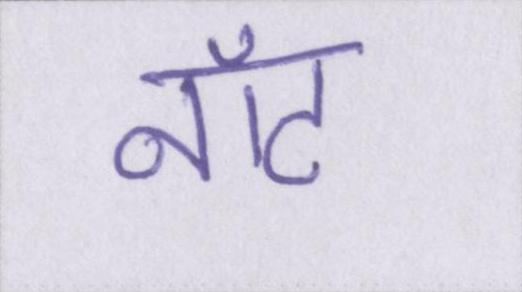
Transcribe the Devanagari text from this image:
नॉट